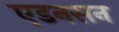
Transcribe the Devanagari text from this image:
एडनसन